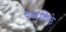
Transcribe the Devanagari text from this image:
चकविले